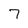
Character: 7